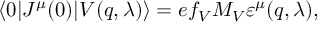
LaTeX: \langle 0 | J ^ { \mu } ( 0 ) | V ( q , \lambda ) \rangle = e f _ { V } M _ { V } \varepsilon ^ { \mu } ( q , \lambda ) ,